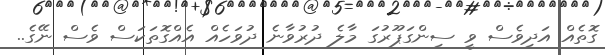
ގޮތެއް އަދިވެސް ވީ ސިންގަޕޫރުގަ މާލެ ދުރުވާނެ ދުވަހެއް އެއްގޮތަކަސް ވެސް ނޭގެ..